Report on the working of the Ranchi Indian Mental Hospital, Kanke, in Bihar and Orissa - 1930-1940
Year: 1930
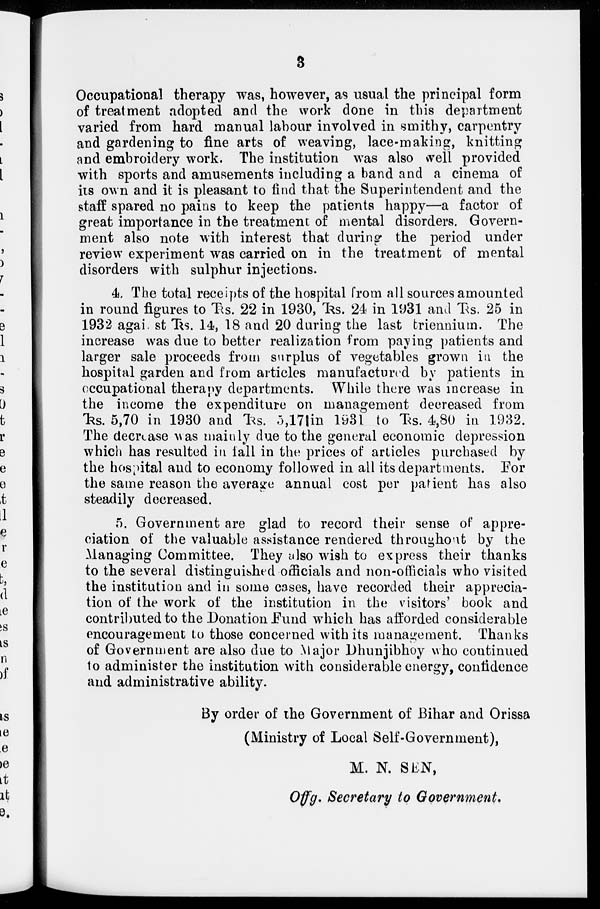
3
Occupational therapy was, however, as usual the principal form
of treatment adopted and the work done in this department
varied from hard manual labour involved in smithy, carpentry
and gardening to fine arts of weaving, lace-making, knitting
and embroidery work. The institution was also well provided
with sports and amusements including a band and a cinema of
its own and it is pleasant to find that the Superintendent and the
staff spared no pains to keep the patients happy—a factor of
great importance in the treatment of mental disorders. Govern-
ment also note with interest that during the period under
review experiment was carried on in the treatment of mental
disorders with sulphur injections.
4. The total receipts of the hospital from all sources amounted
in round figures to Rs. 22 in 1930, Rs. 24 in 1931 and Rs. 25 in
1932 against Rs. 14, 18 and 20 during the last triennium. The
increase was due to better realization from paying patients and
larger sale proceeds from surplus of vegetables grown in the
hospital garden and from articles manufactured by patients in
occupational therapy departments. While there was increase in
the income the expenditure on management decreased from
Rs. 5,70 in 1930 and Rs. 5,17 in 1931 to Rs. 4,80 in 1932.
The decrease was mainly due to the general economic depression
which has resulted in fall in the prices of articles purchased by
the hospital and to economy followed in all its departments. For
the same reason the average annual cost per patient has also
steadily decreased.
5. Government are glad to record their sense of appre-
ciation of the valuable assistance rendered throughout by the
Managing Committee. They also wish to express their thanks
to the several distinguished officials and non-officials who visited
the institution and in some cases, have recorded their apprecia-
tion of the work of the institution in the visitors' book and
contributed to the Donation Fund which has afforded considerable
encouragement to those concerned with its management. Thanks
of Government are also due to Major Dhunjibhoy who continued
to administer the institution with considerable energy, confidence
and administrative ability.
By order of the Government of Bihar and Orissa
(Ministry of Local Self-Government),
M. N. SEN,
Offg. Secretary to Government.